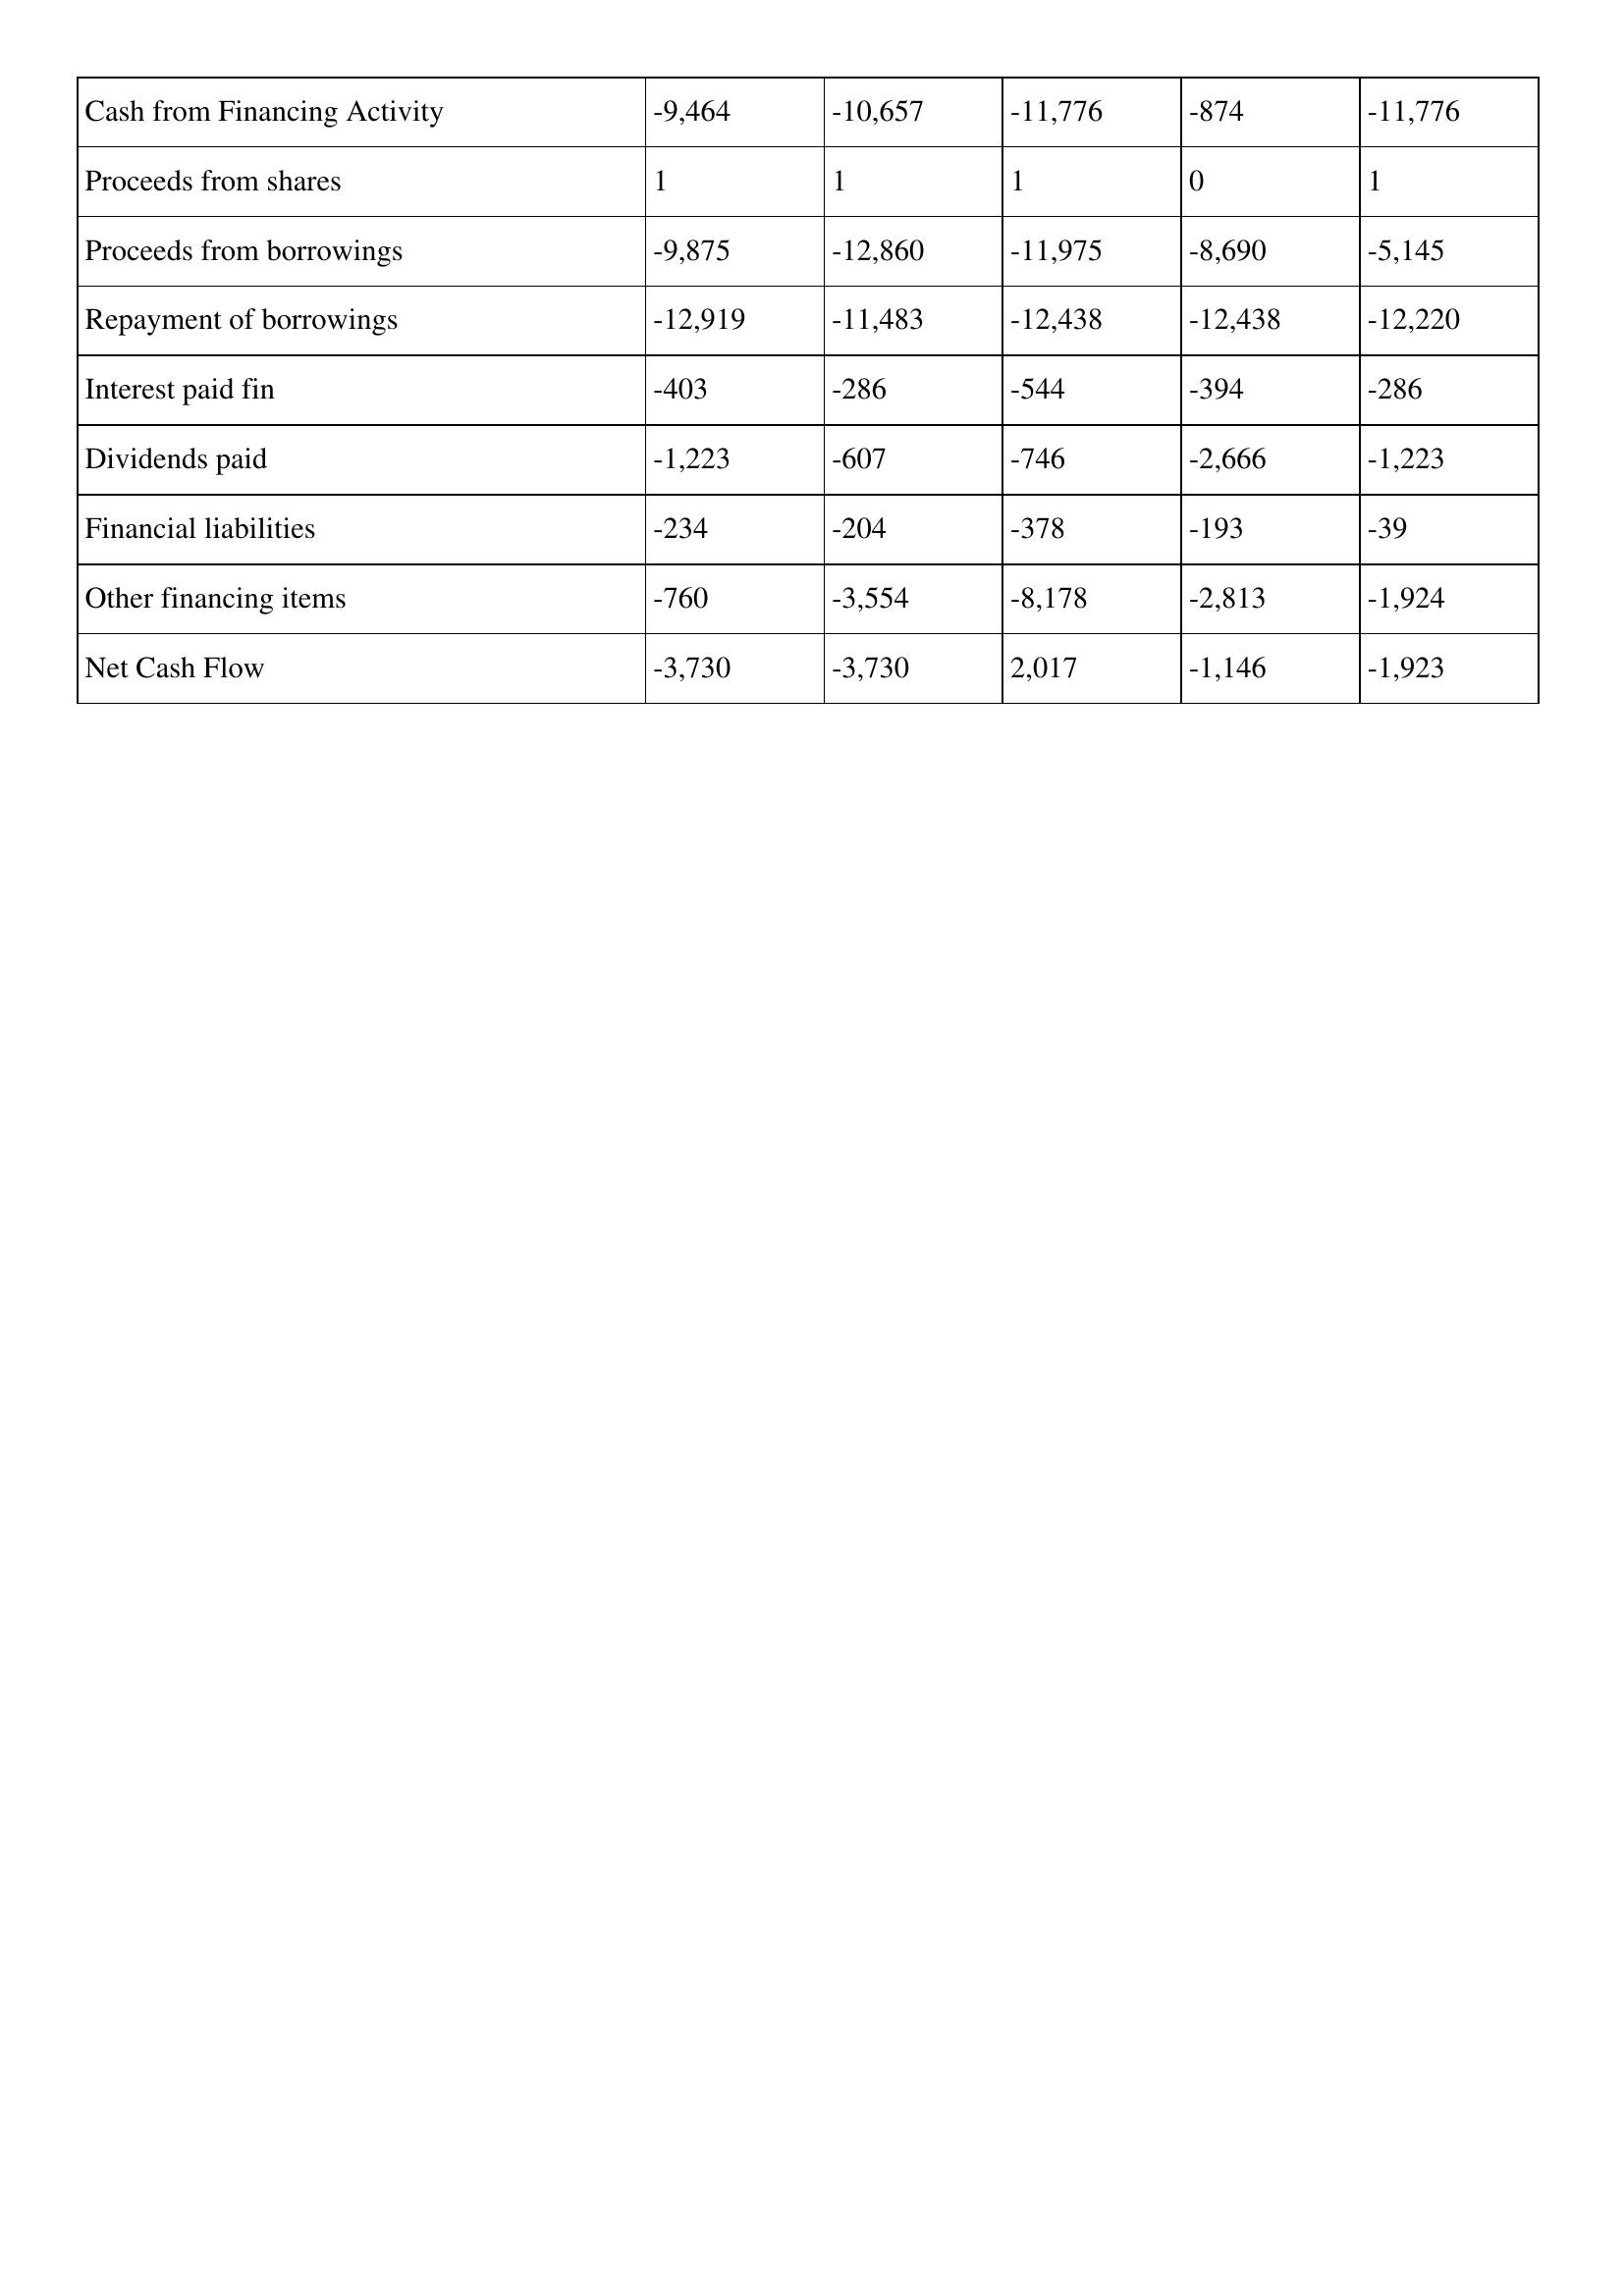
gt_parse: 2007: Cash Flows: Cash from Financing Activity: -9,464
Proceeds from shares: 1
Proceeds from borrowings: -9,875
Repayment of borrowings: -12,919
Interest paid fin: -403
Dividends paid: -1,223
Financial liabilities: -234
Other financing items: -760
Net Cash Flow: -3,730
2006: Cash Flows: Cash from Financing Activity: -10,657
Proceeds from shares: 1
Proceeds from borrowings: -12,860
Repayment of borrowings: -11,483
Interest paid fin: -286
Dividends paid: -607
Financial liabilities: -204
Other financing items: -3,554
Net Cash Flow: -3,730
2005: Cash Flows: Cash from Financing Activity: -11,776
Proceeds from shares: 1
Proceeds from borrowings: -11,975
Repayment of borrowings: -12,438
Interest paid fin: -544
Dividends paid: -746
Financial liabilities: -378
Other financing items: -8,178
Net Cash Flow: 2,017
2004: Cash Flows: Cash from Financing Activity: -874
Proceeds from shares: 0
Proceeds from borrowings: -8,690
Repayment of borrowings: -12,438
Interest paid fin: -394
Dividends paid: -2,666
Financial liabilities: -193
Other financing items: -2,813
Net Cash Flow: -1,146
2003: Cash Flows: Cash from Financing Activity: -11,776
Proceeds from shares: 1
Proceeds from borrowings: -5,145
Repayment of borrowings: -12,220
Interest paid fin: -286
Dividends paid: -1,223
Financial liabilities: -39
Other financing items: -1,924
Net Cash Flow: -1,923